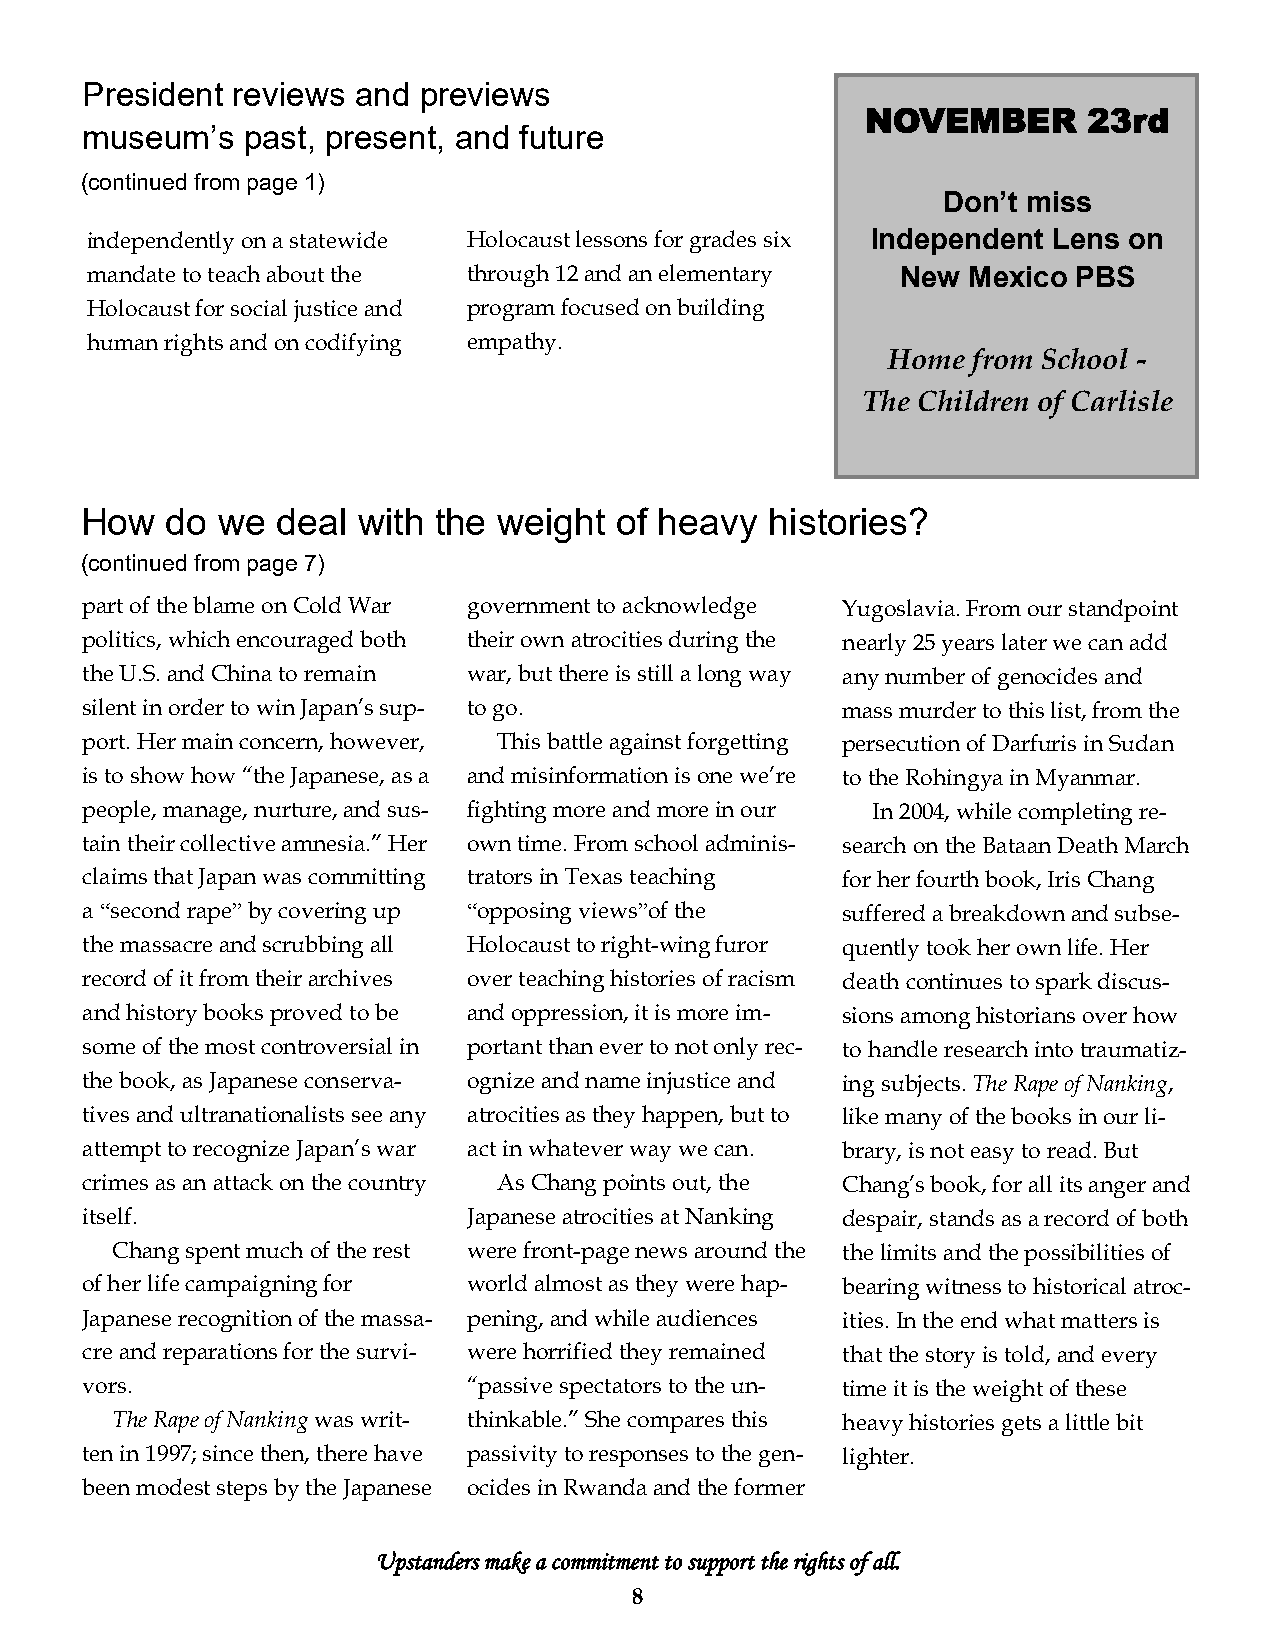
President reviews and  previews
 NOVEMBER       23rd
 museum’s   past, present, and future
 (continued from page 1)
 Don’t miss
 independently on a statewide Holocaust lessons for grades six Independent Lens on
 mandate to teach about the through 12 and an elementary New Mexico PBS
 Holocaust for social justice and program focused on building
 human rights and on codifying empathy.
 Home from School -
 The Children of Carlisle
 How   do we  deal  with the weight  of heavy  histories?
 (continued from page 7)
 part of the blame on Cold War government to acknowledge Yugoslavia. From our standpoint
 politics, which encouraged both their own atrocities during the nearly 25 years later we can add
 the U.S. and China to remain war, but there is still a long way any number of genocides and
 silent in order to win Japan’s sup- to go.         mass murder to this list, from the
 port. Her main concern, however, This battle against forgetting persecution of Darfuris in Sudan
 is to show how “the Japanese, as a and misinformation is one we’re to the Rohingya in Myanmar.
 people, manage, nurture, and sus- fighting more and more in our In 2004, while completing re-
 tain their collective amnesia.” Her own time. From school adminis- search on the Bataan Death March
 claims that Japan was committing trators in Texas teaching for her fourth book, Iris Chang
 a “second rape” by covering up “opposing views”of the suffered a breakdown and subse-
 the massacre and scrubbing all Holocaust to right-wing furor quently took her own life. Her
 record of it from their archives over teaching histories of racism death continues to spark discus-
 and history books proved to be and oppression, it is more im- sions among historians over how
 some of the most controversial in portant than ever to not only rec- to handle research into traumatiz-
 the book, as Japanese conserva- ognize and name injustice and ing subjects. The Rape of Nanking,
 tives and ultranationalists see any atrocities as they happen, but to like many of the books in our li-
 attempt to recognize Japan’s war act in whatever way we can. brary, is not easy to read. But
 crimes as an attack on the country As Chang points out, the Chang’s book, for all its anger and
 itself.                   Japanese atrocities at Nanking despair, stands as a record of both
 Chang spent much of the rest were front-page news around the the limits and the possibilities of
 of her life campaigning for world almost as they were hap- bearing witness to historical atroc-
 Japanese recognition of the massa- pening, and while audiences ities. In the end what matters is
 cre and reparations for the survi- were horrified they remained that the story is told, and every
 vors.                     “passive spectators to the un- time it is the weight of these
 The Rape of Nanking was writ- thinkable.” She compares this heavy histories gets a little bit
 ten in 1997; since then, there have passivity to responses to the gen- lighter.
 been modest steps by the Japanese ocides in Rwanda and the former
 Upstanders make a commitment to support the rights of all.
 8